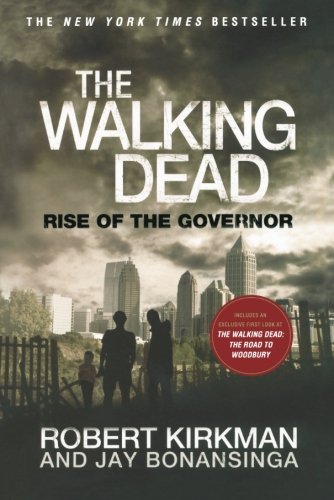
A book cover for The Walking Dead: Rise of the Governor; Robert Kirkman; Mystery, Thriller & Suspense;